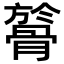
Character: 𩩘